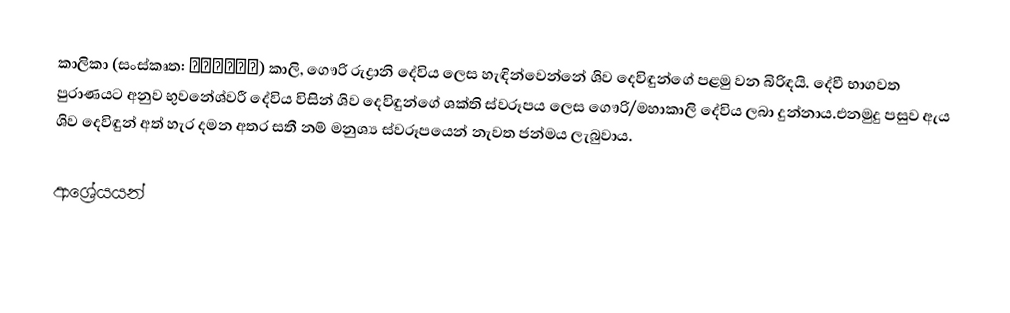
කාලිකා (සංස්කෘත: कालिका) කාලි, ගෞරි රුද්‍රානි දේවිය ලෙස හැඳින්වෙන්නේ ශිව දෙවිඳුන්ගේ පළමු වන බිරිඳයි. දේවී භාගවත පුරාණයට අනුව භුවනේශ්වරී දේවිය විසින් ශිව දෙවිඳුන්ගේ ශක්ති ස්වරූපය ලෙස ගෞරි/මහාකාලි දේවිය ලබා දුන්නාය.එනමුදු පසුව ඇය ශිව දෙවිඳුන් අත් හැර දමන අතර සතී නම් මනුශ්‍ය ස්වරූපයෙන් නැවත ජන්මය ලැබුවාය.

ආශ්‍රේයයන්